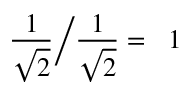
{ \frac { 1 } { \sqrt { 2 } } } { \Big / } { \frac { 1 } { \sqrt { 2 } } } = \; \; 1